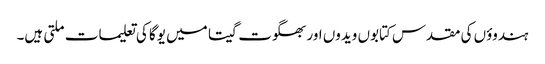
ہندوؤں کی مقدس کتابوں ویدوں اور بھگوت گیتا میں یوگا کی تعلیمات ملتی ہیں۔